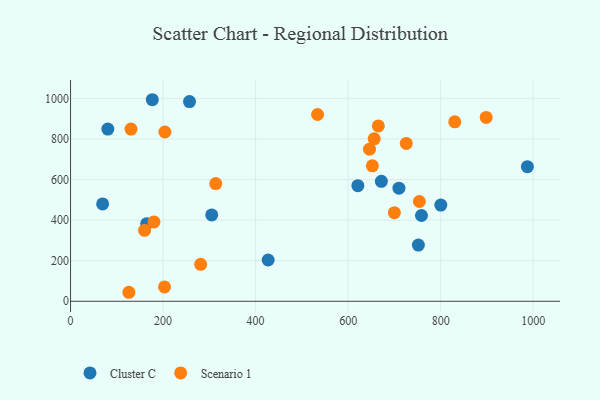
{"axis": {"x": "Investment", "y": "Rating"}, "legend": ["Cluster C", "Scenario 1"], "data": [{"x": "257.1", "y": 984.4, "type": "Cluster C"}, {"x": "164.6", "y": 382.6, "type": "Cluster C"}, {"x": "427.1", "y": 203.4, "type": "Cluster C"}, {"x": "671.8", "y": 591.1, "type": "Cluster C"}, {"x": "758.5", "y": 422.9, "type": "Cluster C"}, {"x": "176.7", "y": 993.4, "type": "Cluster C"}, {"x": "709.8", "y": 557.5, "type": "Cluster C"}, {"x": "800.3", "y": 474.2, "type": "Cluster C"}, {"x": "305.1", "y": 425.6, "type": "Cluster C"}, {"x": "80.5", "y": 848.5, "type": "Cluster C"}, {"x": "987.4", "y": 663.4, "type": "Cluster C"}, {"x": "621.0", "y": 569.8, "type": "Cluster C"}, {"x": "751.8", "y": 276.8, "type": "Cluster C"}, {"x": "69.3", "y": 479.7, "type": "Cluster C"}, {"x": "281.2", "y": 182.0, "type": "Scenario 1"}, {"x": "203.1", "y": 71.0, "type": "Scenario 1"}, {"x": "646.1", "y": 749.8, "type": "Scenario 1"}, {"x": "126.0", "y": 44.4, "type": "Scenario 1"}, {"x": "533.8", "y": 920.6, "type": "Scenario 1"}, {"x": "656.3", "y": 800.5, "type": "Scenario 1"}, {"x": "313.8", "y": 580.3, "type": "Scenario 1"}, {"x": "180.3", "y": 391.2, "type": "Scenario 1"}, {"x": "203.9", "y": 834.4, "type": "Scenario 1"}, {"x": "665.2", "y": 864.5, "type": "Scenario 1"}, {"x": "160.0", "y": 349.5, "type": "Scenario 1"}, {"x": "652.3", "y": 667.5, "type": "Scenario 1"}, {"x": "130.6", "y": 848.6, "type": "Scenario 1"}, {"x": "699.9", "y": 436.8, "type": "Scenario 1"}, {"x": "725.6", "y": 778.0, "type": "Scenario 1"}, {"x": "753.9", "y": 491.8, "type": "Scenario 1"}, {"x": "898.4", "y": 906.0, "type": "Scenario 1"}, {"x": "830.5", "y": 884.4, "type": "Scenario 1"}]}